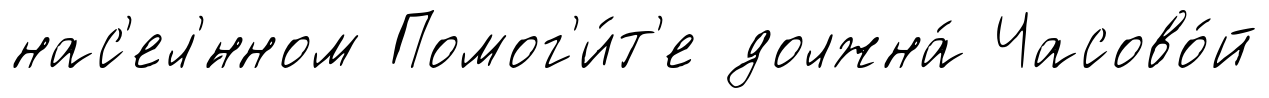
нас'ел'́нном Помог'и́т'е должна́ Часово́й